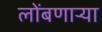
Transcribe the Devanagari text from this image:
लोंबणार्‍या